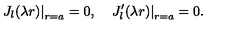
\left. J _ { l } ( \lambda r ) \right| _ { r = a } = 0 { , } \quad \left. J _ { l } ^ { \prime } ( \lambda r ) \right| _ { r = a } = 0 { . }